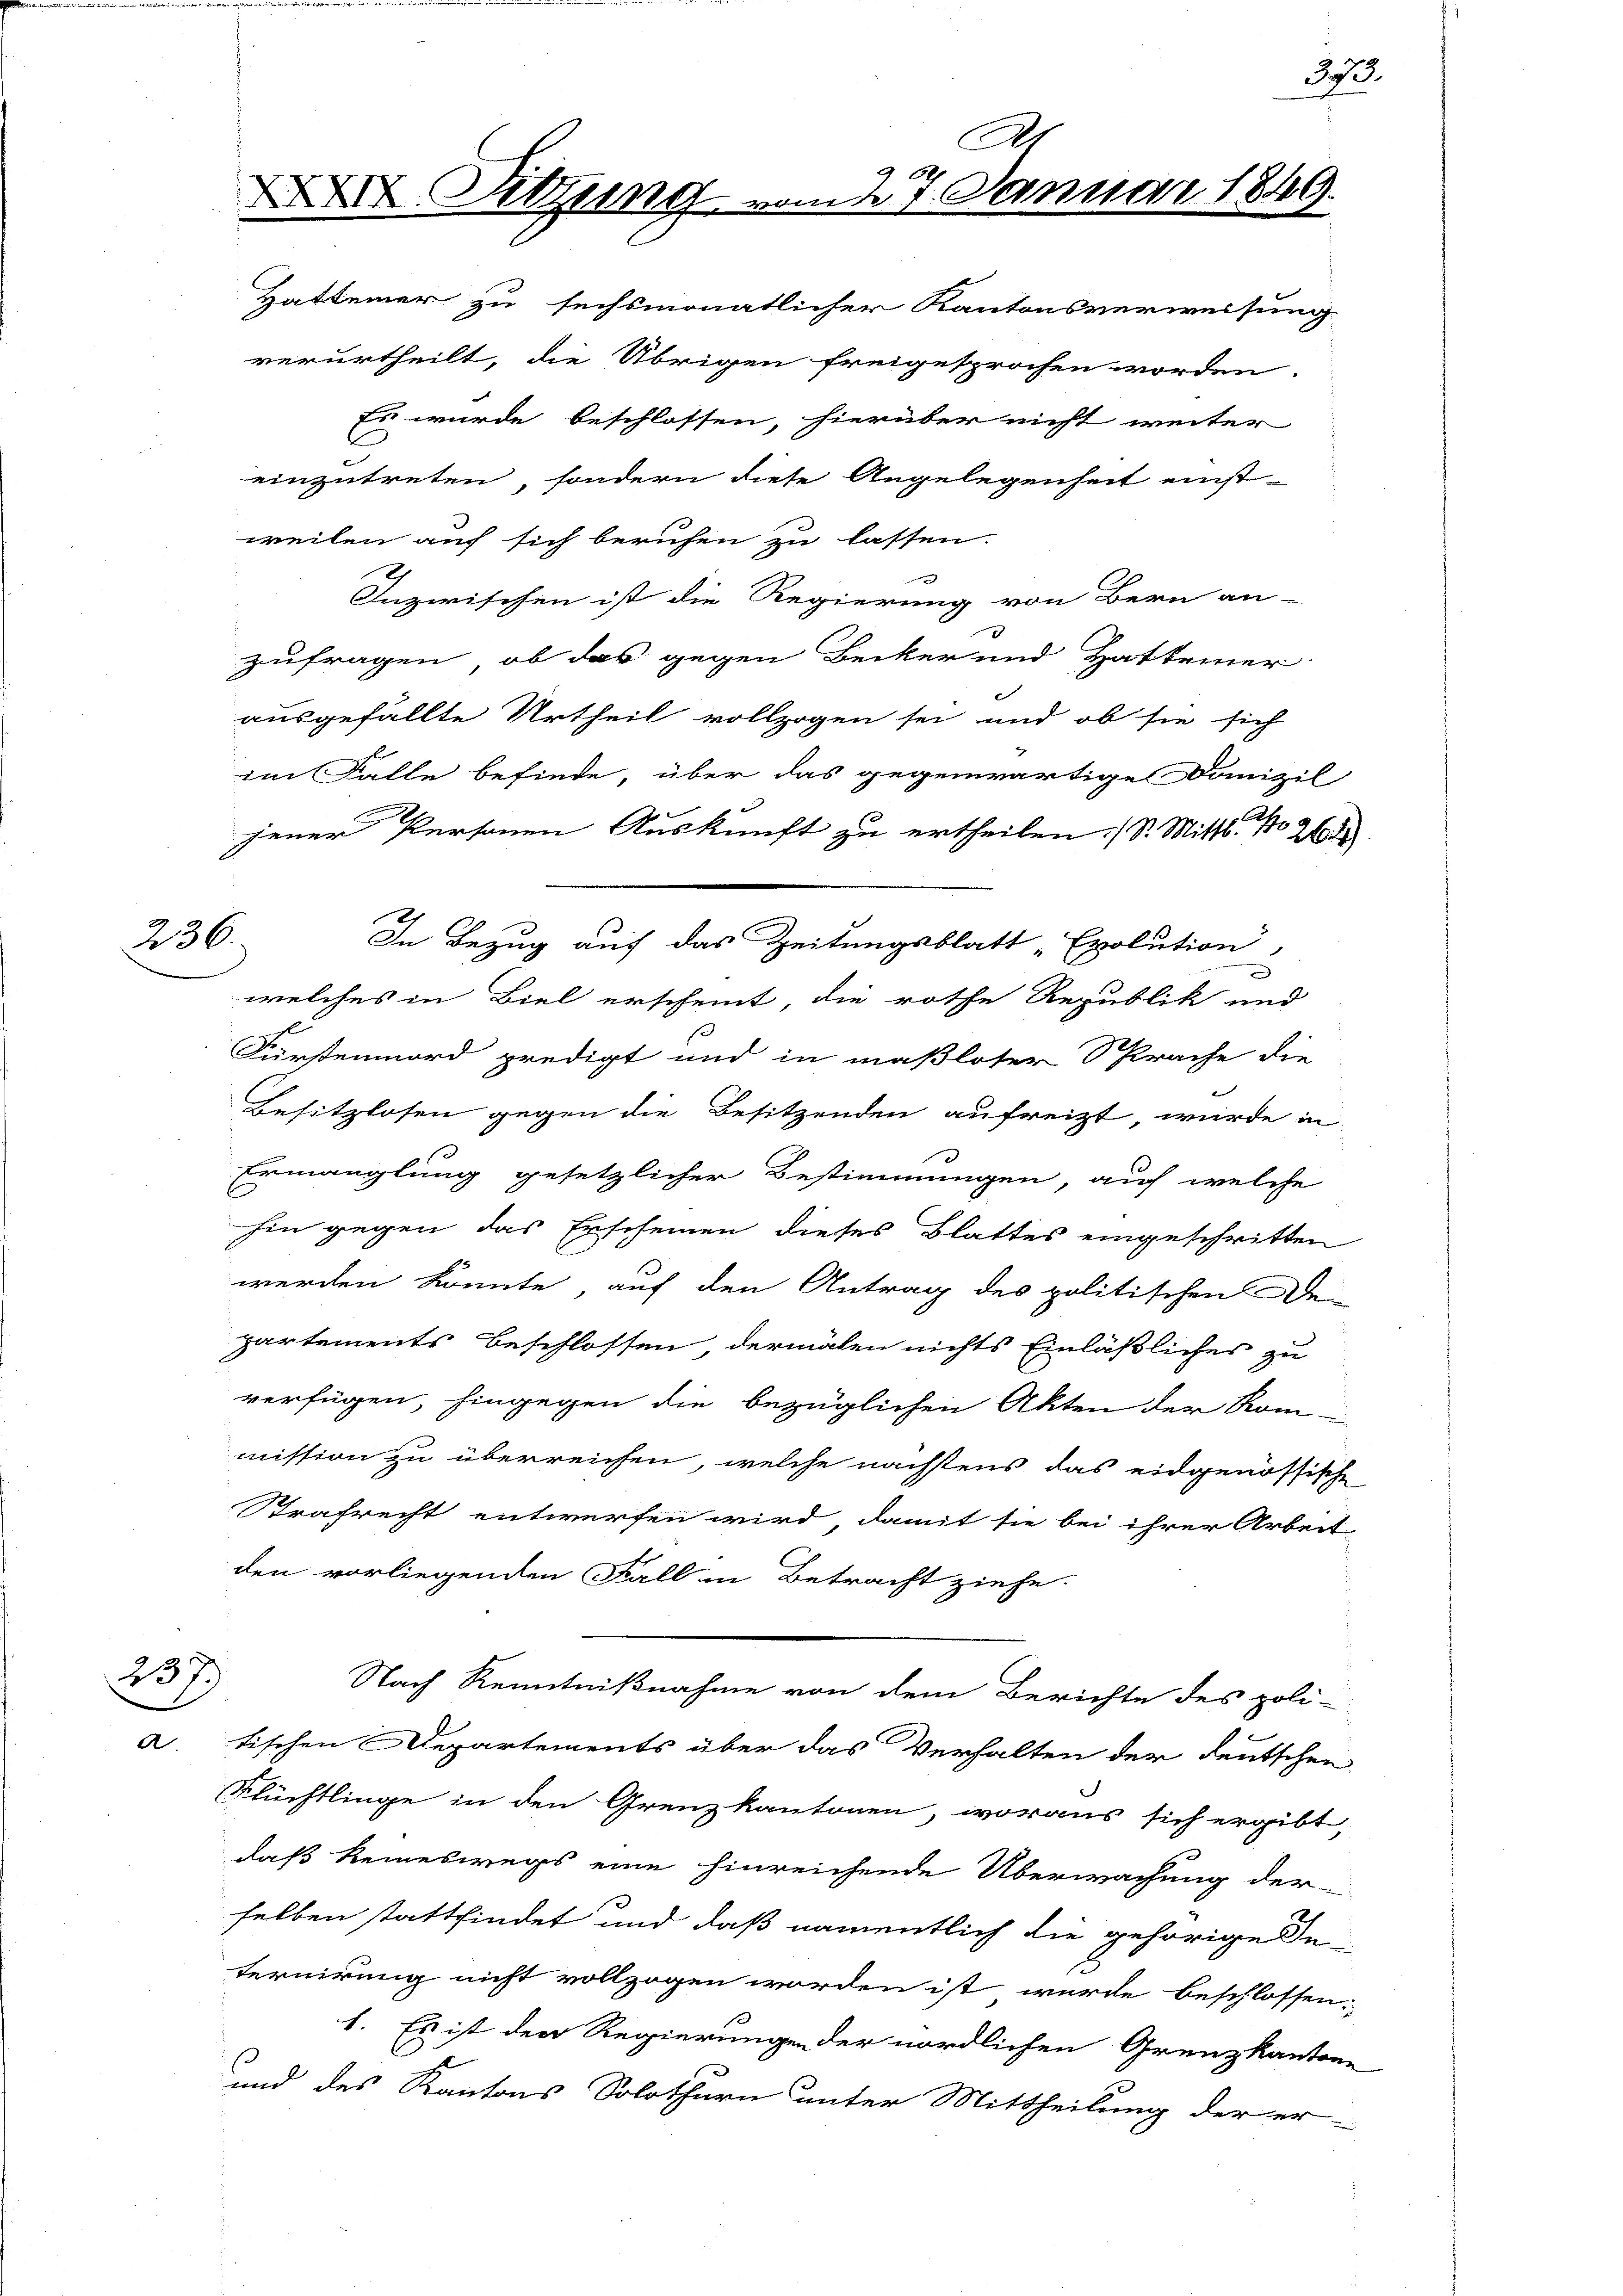
236.

237)

A
XI. Sitzung vom 27. Januar

Hattener zu sechsmonatlicher Kantonsverweisung
verurtheilt, die Übrigen freigesprochen worden.
C
einzutreten, sondern diese Angelegenheit einst-
weilen auf sich beruhen zu lassen.
Inzwischen ist die Regierung von Bern an-
zufragen, ob das gegen Becker und Hatteiner
ausgefällte Urtheil vollzogen sei und ob sie sich
im Falle befinde, über das gegenwärtige Danizil
jener Personen Auskunft zu ertheilen. (S. Mittl. No 261
In Bezug auf das Zeitungsblatt „Exolution,
welches in Biel erscheint, die rothe Republik und
f
Fürstenmord predigt und in maßloser Sprache die
Besitzlosen gegen die Besitzenden aufreizt, wurde in
Ermanglung gesetzlicher Bestimmungen, auch welche
hin gegen das Erscheinen dieses Blattes eingeschritten
werden könnte, auf den Antrag des politischen Dei
partements Beschlossen, dermalen nichts Einläßliches zu
verfügen, hingegen die bezüglichen Akten der Rom-
mission zu überreichen, welche nächstens das eidgenössische
Strafrecht entwerfen wird, damit sie bei ihrer Arbeit
den vorliegenden Fall in Betracht ziehe.
Nach Kenntnißnahme von dem Berichte des poli-
a. tischen Departements über das Verhalten der deutschen
Flüchtlinge in den Grenzkantonen, woraus sich ergibt,
daß keineswegs eine hinreichende Überwachung der
selben stattfindet und daß namentlich die gehörige In-
ternirung nicht vollzogen worden ist wurde beschlossen:
1. Es ist der Regierungen der nördlichen Grenzkantone
und des Kantons Solothurn unter Mittheilung der er-

Es wurde beschlossen, hierüber nicht weiter

I

373.

49.